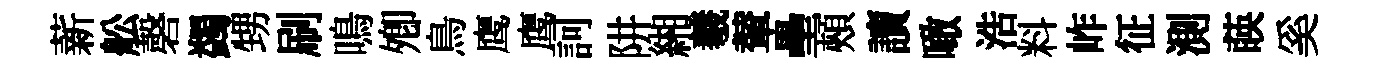
薪舩磬蠲甥刷鳴𡖖鳥鹰鹰訶阱緗羲輦壘頰讀噉浩料岞征測𦴤奚